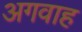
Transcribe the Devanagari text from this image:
अगवाह